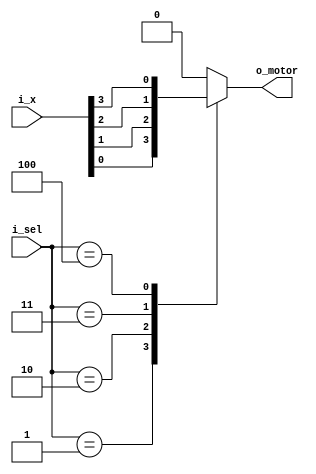
module mux_5x1(
    input [3:0] i_x,
    input [2:0] i_sel,

    output o_motor
    );

    reg [3:0] r_motor = 0;
    assign o_motor = r_motor;

    always @(*) begin
        case (i_sel)
        3'h0 : r_motor <= 1'b0;
        3'h1 : r_motor <= i_x[0];
        3'h2 : r_motor <= i_x[1];
        3'h3 : r_motor <= i_x[2];
        3'h4 : r_motor <= i_x[3];
        default : r_motor <= 1'b0;
        endcase
    end
endmodule